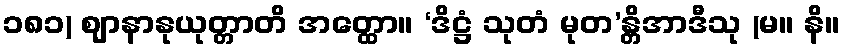
၁၈၁) ဈာနာနုယုတ္တာတိ အတ္ထော။ ‘ဒိဋ္ဌံ သုတံ မုတ’န္တိအာဒီသု (မ။ နိ။